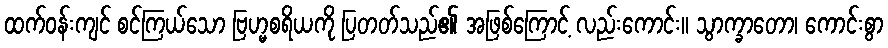
ထက်ဝန်းကျင် စင်ကြယ်သော ဗြဟ္မစရိယကို ပြတတ်သည်၏ အဖြစ်ကြောင့် လည်းကောင်း။ သွာက္ခာတော၊ ကောင်းစွာ